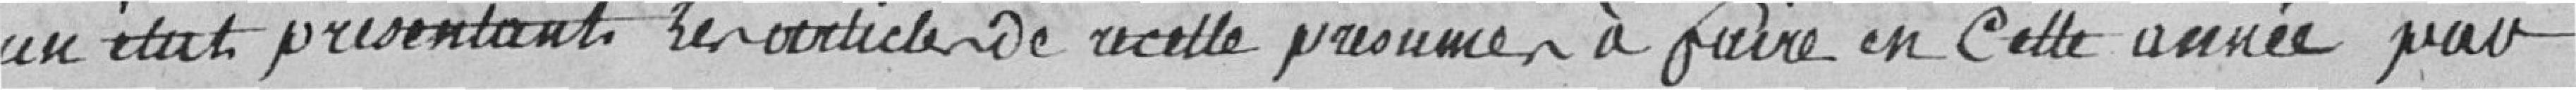
un état présentant les articles de cette présumé à faire en cette année par